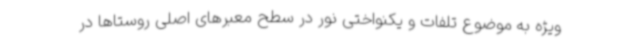
ویژه به موضوع تلفات و یکنواختی نور در سطح معبرهای اصلی روستاها در